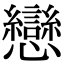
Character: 戀